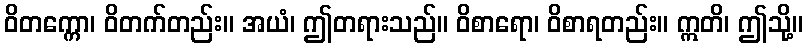
ဝိတက္ကော၊ ဝိတက်တည်း။ အယံ၊ ဤတရားသည်။ ဝိစာရော၊ ဝိစာရတည်း။ ဣတိ၊ ဤသို့။